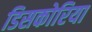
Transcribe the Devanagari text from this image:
डिसकोरिया